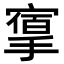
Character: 𢳔